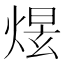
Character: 𤋉